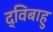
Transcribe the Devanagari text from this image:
द्विबाहु